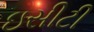
ઇસીટી